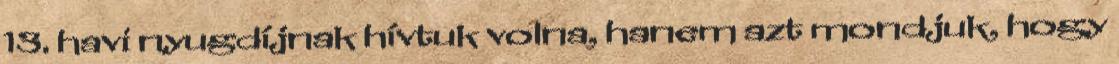
13. havi nyugdíjnak hívtuk volna, hanem azt mondjuk, hogy